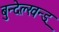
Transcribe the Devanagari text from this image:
बुन्देल्खन्ड्